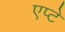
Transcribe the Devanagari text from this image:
एप्टे